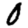
Digit: 0